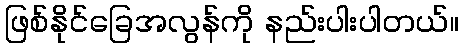
ဖြစ်နိုင်ခြေအလွန်ကို နည်းပါးပါတယ်။